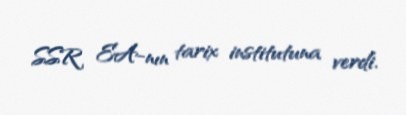
SSR EA-nın tarix institutuna verdi.